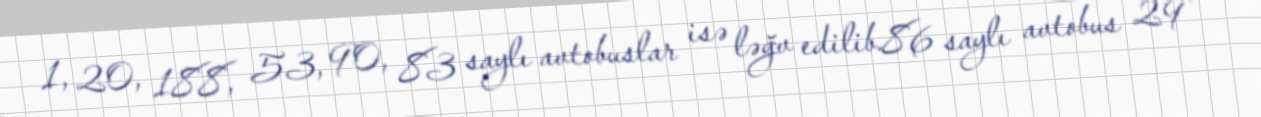
1, 20, 188, 53, 90, 83 saylı avtobuslar isə ləğv edilib.86 saylı avtobus 29